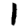
Digit: 1